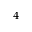
^ 4